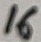
Text: 16